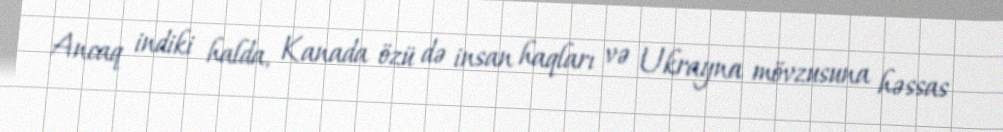
Ancaq indiki halda, Kanada özü də insan haqları və Ukrayna mövzusuna həssas